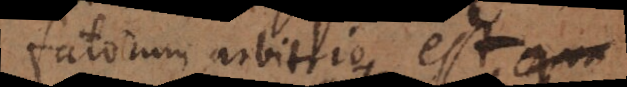
fatorum arbitrio est qua